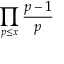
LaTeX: \prod _ { p \leq x } { \frac { p - 1 } { p } }